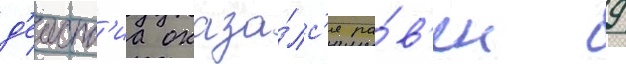
д'еиств'иа оказа́лс'я ра́в'ен 9